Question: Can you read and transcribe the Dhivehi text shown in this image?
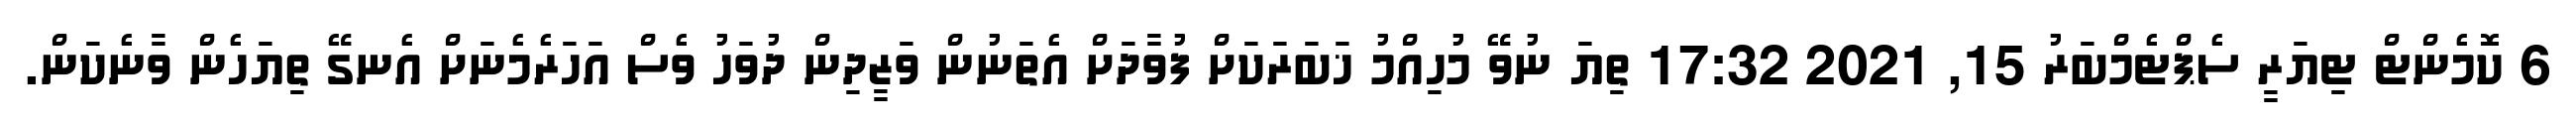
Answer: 6 ކޮމެންޓް ޓިޔަރީ ސެޕްޓެމްބަރު 15, 2021 17:32 ތިޔަ ނުވޭ މުހިއްމު ޚަބަރަކަށް ފުވާދަށް އެތަނުން ވަޒީދިން ދުވަހު ވެސް އަހަރެމެނަށް އެނގޭ ތިޔަހެން ވާނެކަން.